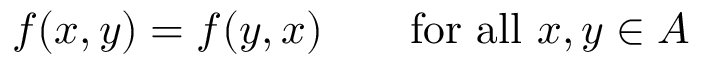
f ( x , y ) = f ( y , x ) \qquad { \mathrm { f o r ~ a l l ~ } } x , y \in A